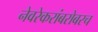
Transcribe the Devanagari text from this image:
नेवरेकरांबरोबरच